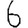
Digit: 6